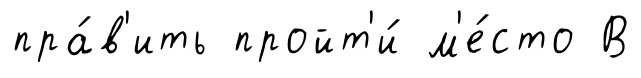
пра́в'ить пройт'и́ м'е́сто В